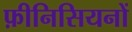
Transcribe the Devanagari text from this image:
फ़ीनिसियनों